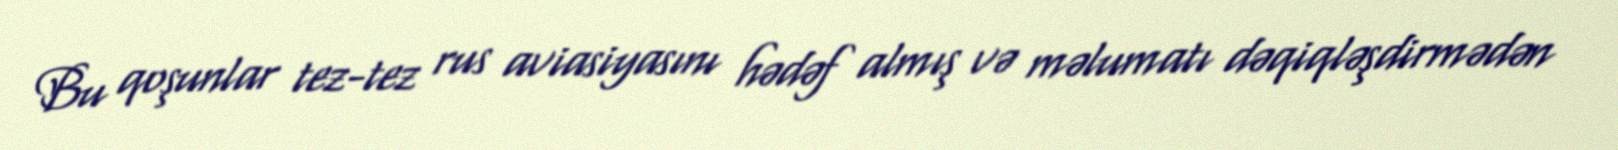
Bu qoşunlar tez-tez rus aviasiyasını hədəf almış və məlumatı dəqiqləşdirmədən